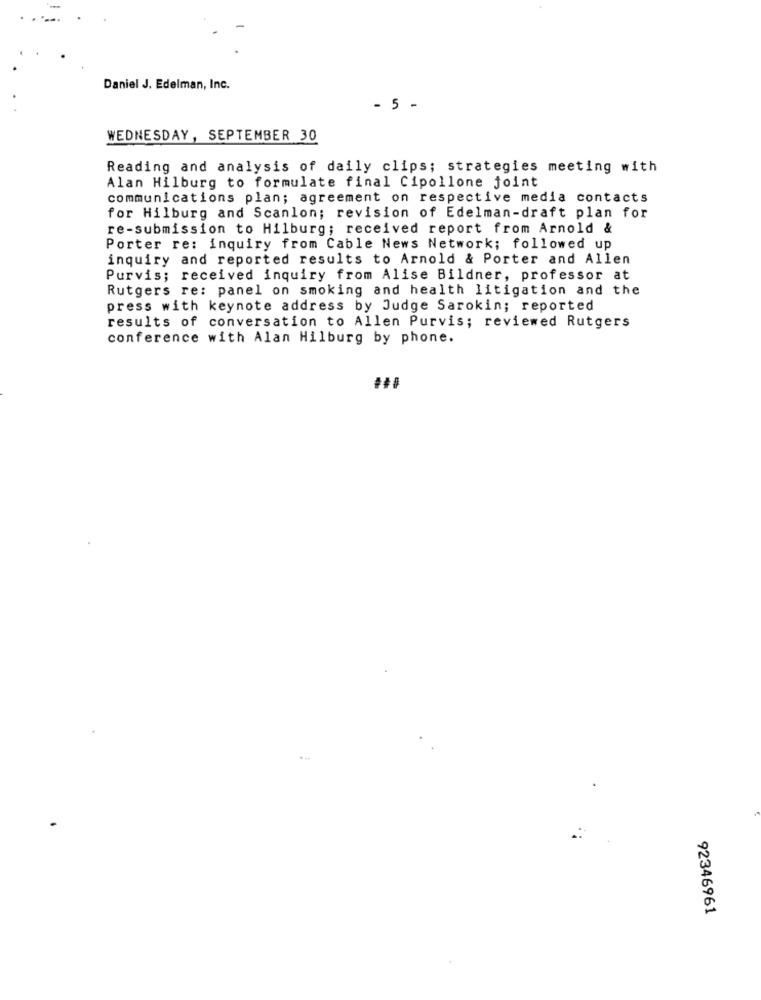
Daniel J. Edelman, Inc.
- 5 -
WEDNESDAY, SEPTEMBER 30
Reading and analysis of daily clips; strategies meeting with
Alan Hilburg to formulate final Cipollone joint
communications plan; agreement on respective media contacts
for Hilburg and Scanlon; revision of Edelman-draft plan for
re-submission to Hilburg; received report from Arnold &
Porter re: inquiry from Cable News Network; followed up
inquiry and reported results to Arnold & Porter and Allen
Purvis; received inquiry from Alise Bildner, professor at
Rutgers re: panel on smoking and health litigation and the
press with keynote address by Judge Sarokin; reported
results of conversation to Allen Purvis; reviewed Rutgers
conference with Alan Hilburg by phone.
92346961